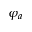
\varphi _ { a }